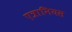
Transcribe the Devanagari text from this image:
एत्रानियस